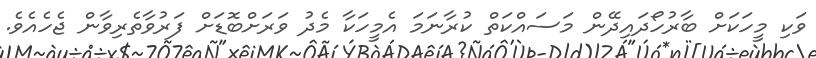
ވަކި މީހަކަށް ބާރުހޯދައިދޭން މަސައްކަތް ކުރާނަމަ އެމީހަކާ މެދު ވަރަށްބޮޑަށް ފަރުވާތެރިވާން ޖެހެއެވެ.